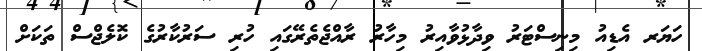
ހަޔަރ އެޑިއު މިނިސްޓަރު ވިދާޅުވާއިރު މިހާރު ރާއްޖެތެރޭގައި ހުރި ސަރުކާރުގެ ކޮލެޖްސް ތަކަށް